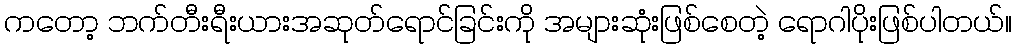
ကတော့ ဘက်တီးရီးယားအဆုတ်ရောင်ခြင်းကို အများဆုံးဖြစ်စေတဲ့ ရောဂါပိုးဖြစ်ပါတယ်။